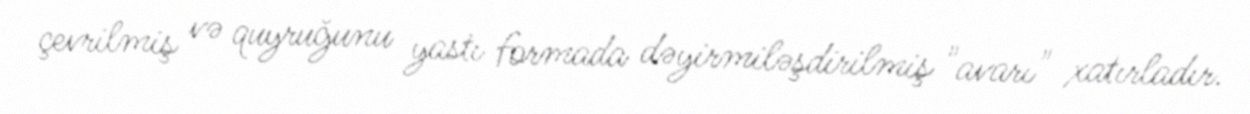
çevrilmiş və quyruğunu yastı formada dəyirmiləşdirilmiş "avarı" xatırladır.